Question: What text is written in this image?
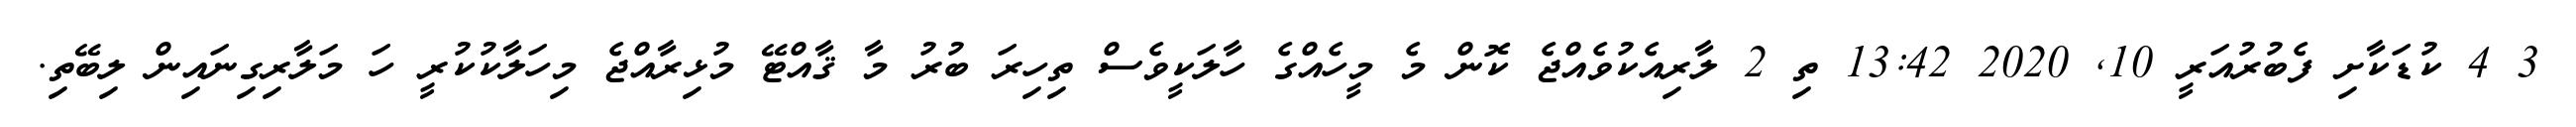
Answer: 3 4 ކުޑަކާށި ފެބުރުއަރީ 10, 2020 13:42 ތި 2 ލާރިއެކުވެއްޖެ ކޮން މެ މީހެއްގެ ހާލަކީވެސް ތިހިރަ ބުރު މާ ޤާއްޓޭ މުޅިރާއްޖެ މިހަލާކުކުރީ ހަ މަލާރިގިނައިން ލިބޭތި.